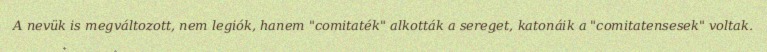
A nevük is megváltozott, nem legiók, hanem "comitaték" alkották a sereget, katonáik a "comitatensesek" voltak.